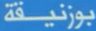
بوزنيقة